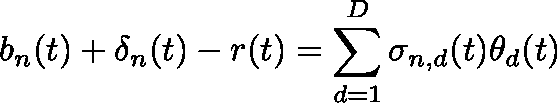
b _ { n } ( t ) + \mathbf { \delta } _ { n } ( t ) - r ( t ) = \sum _ { d = 1 } ^ { D } \sigma _ { n , d } ( t ) \theta _ { d } ( t )